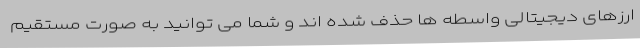
ارزهای دیجیتالی واسطه ها حذف شده اند و شما می توانید به صورت مستقیم